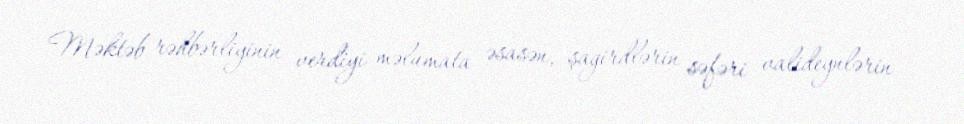
Məktəb rəhbərliyinin verdiyi məlumata əsasən, şagirdlərin səfəri valideynlərin